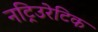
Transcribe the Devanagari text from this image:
नट्रिउरेटिक